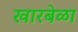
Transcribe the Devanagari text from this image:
खारबेळा